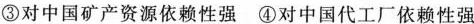
③对中国矿产资源依赖性强 ④对中国代工厂依赖性强